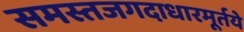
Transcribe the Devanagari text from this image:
समस्तजगदाधारमूर्तये